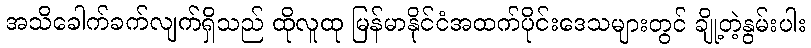
အသိခေါက်ခက်လျက်ရှိသည် ထိုလူထု မြန်မာနိုင်ငံအထက်ပိုင်းဒေသများတွင် ချို့တဲ့နွမ်းပါး